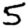
Digit: 5